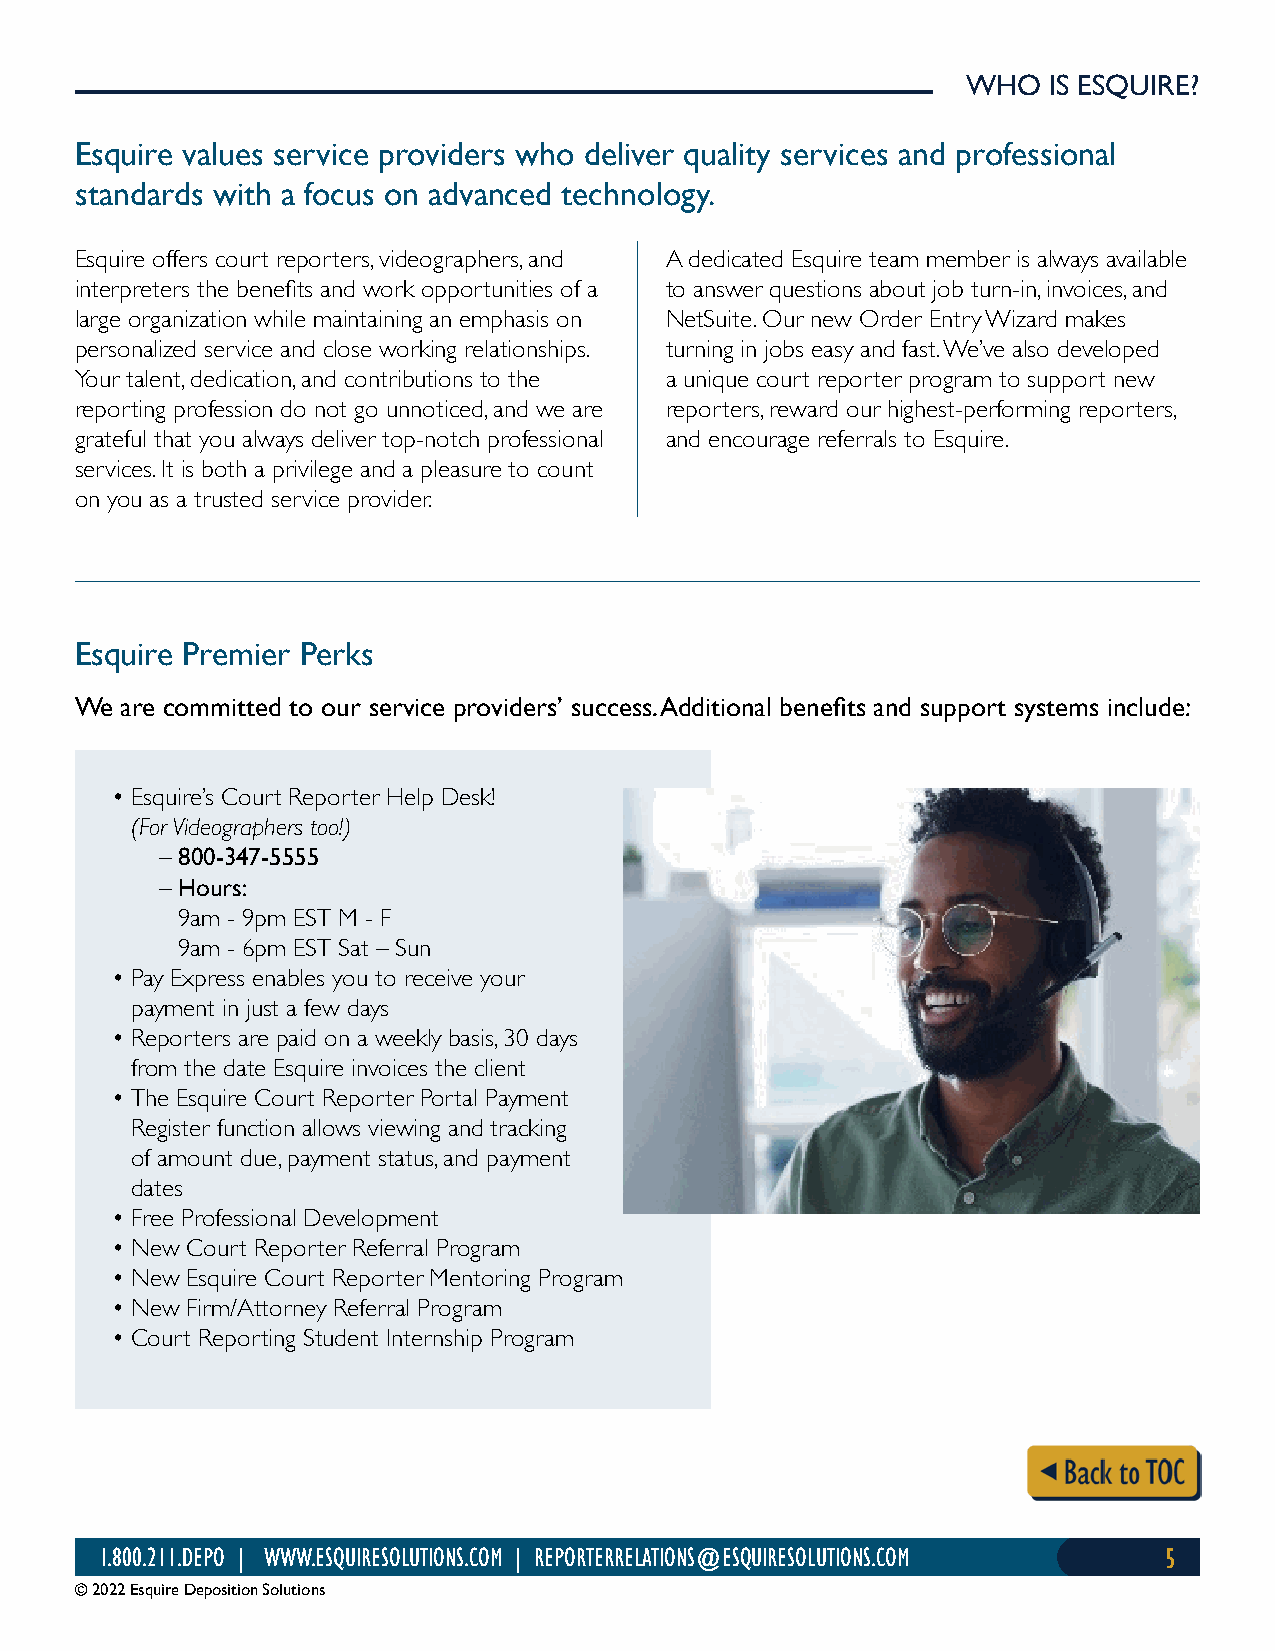
WHO  IS ESQUIRE?
 Esquire values service providers who deliver quality services and professional
 standards with a focus on advanced technology.
 Esquire offers court reporters, videographers, and A dedicated Esquire team member is always available
 interpreters the benefits and work opportunities of a to answer questions about job turn-in, invoices, and
 large organization while maintaining an emphasis on NetSuite. Our new Order Entry Wizard makes
 personalized service and close working relationships. turning in jobs easy and fast. We’ve also developed
 Your talent, dedication, and contributions to the a unique court reporter program to support new
 reporting profession do not go unnoticed, and we are reporters, reward our highest-performing reporters,
 grateful that you always deliver top-notch professional and encourage referrals to Esquire.
 services. It is both a privilege and a pleasure to count
 on you as a trusted service provider.
 Esquire Premier Perks
 We are committed to our service providers’ success. Additional benefits and support systems include:
 • Esquire’s Court Reporter Help Desk!
 (For Videographers too!)
 – 800-347-5555
 – Hours:
 9am - 9pm EST M - F
 9am - 6pm EST Sat – Sun
 • Pay Express enables you to receive your
 payment in just a few days
 • Reporters are paid on a weekly basis, 30 days
 from the date Esquire invoices the client
 • The Esquire Court Reporter Portal Payment
 Register function allows viewing and tracking
 of amount due, payment status, and payment
 dates
 • Free Professional Development
 • New Court Reporter Referral Program
 • New Esquire Court Reporter Mentoring Program
 • New Firm/Attorney Referral Program
 • Court Reporting Student Internship Program
 1.800.211.DEPO | WWW.ESQUIRESOLUTIONS.COM | REPORTERRELATIONS@ESQUIRESOLUTIONS.COM 5
 © 2022 Esquire Deposition Solutions